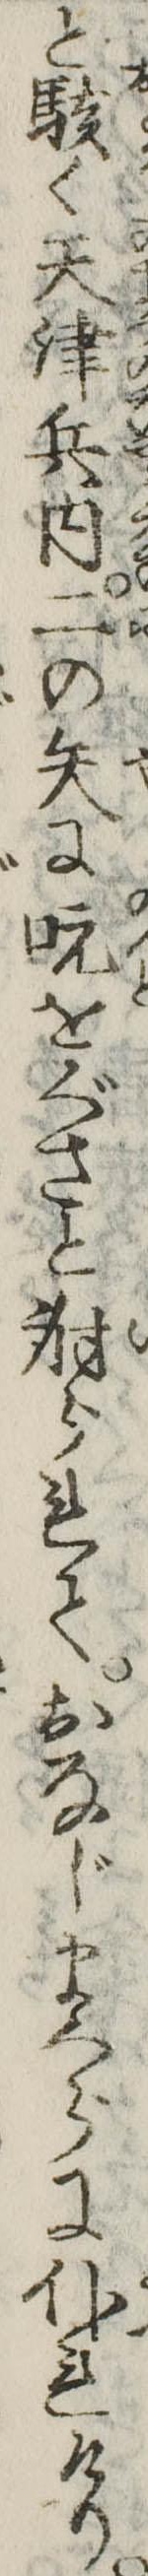
と駭く天津兵内二の矢に吭をぐさと射られておなじまくらに仆れけり